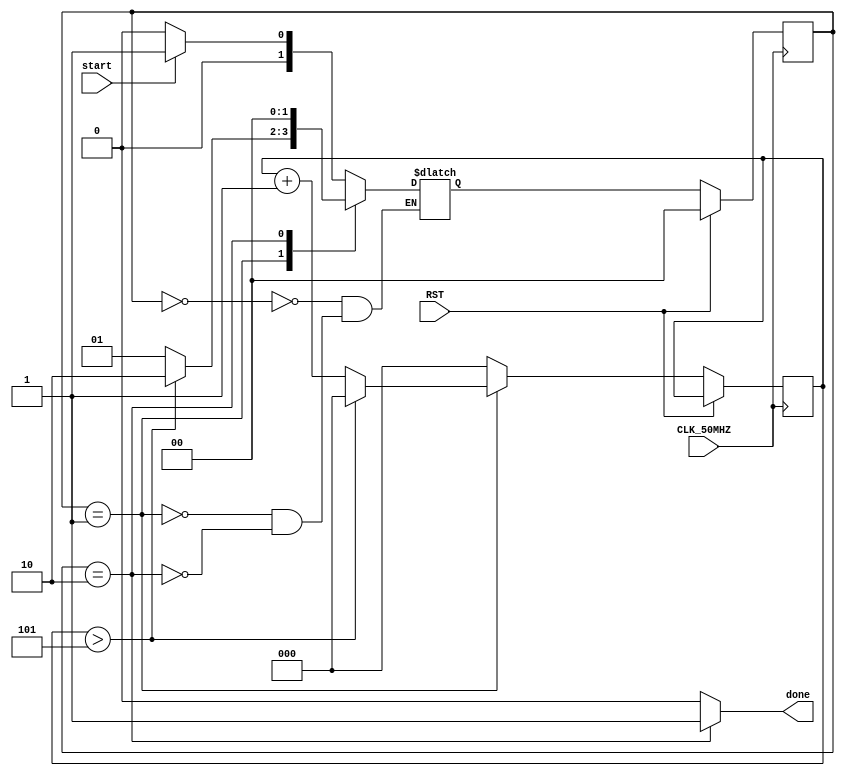
module FlashTimer //rename FlashTimer ??
	(input CLK_50MHZ,
	 input RST,
	 input start,
	 output reg done
	);
	
localparam [1:0]  IDLE = 3'd0,
						COUNTING = 3'd1,
						STOP = 3'd2;
reg [1:0] state, next;	
	
	reg [2:0] cnt, next_cnt; //TODO czasy
		
	always @(posedge CLK_50MHZ) begin
		if(RST) begin
			state <= IDLE;
		end else begin
			state <= next;
			cnt <= next_cnt;
		end
	end
		
	always @* begin	
		done = 0;
		next_cnt = 0;
		
		case(state) 
			IDLE: begin
				done = 0;
				if(start)	next = COUNTING;
				else 			next = IDLE;			
			end
			
			COUNTING: begin
				if(cnt > 4'd5) next = STOP;
				else begin				
						next = COUNTING;
						next_cnt = cnt + 1;
				end
			end
			
			STOP: begin
								next = IDLE;
				done = 1;
			end
		endcase
	end
	

endmodule